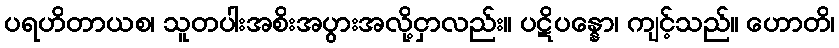
ပရဟိတာယစ၊ သူတပါးအစိးအပွားအလို့ငှာလည်း။ ပဋိပန္နော၊ ကျင့်သည်။ ဟောတိ၊